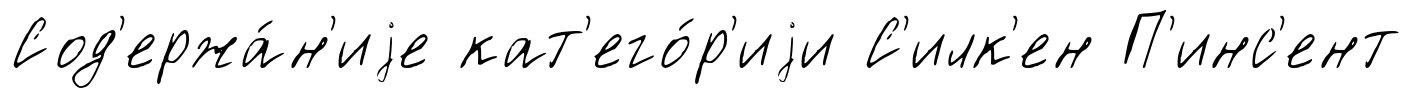
Сод'ержа́н'иjе кат'его́р'иjи С'илк'ен П'инс'ент